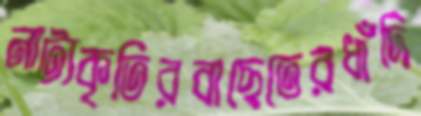
নাট্যকৃতিরবাছেতেরধাঁদি